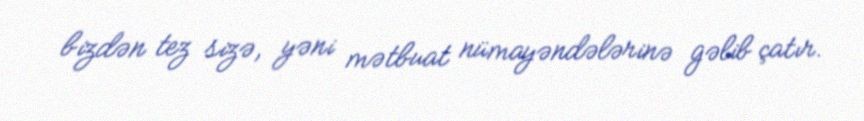
bizdən tez sizə, yəni mətbuat nümayəndələrinə gəlib çatır.